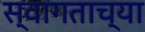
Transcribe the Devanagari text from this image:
स्वागताच्या